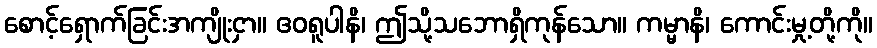
စောင့်ရှောက်ခြင်းအကျိုးငှာ။ ဧဝရူပါနိ၊ ဤသို့သဘောရှိကုန်သော။ ကမ္မာနိ၊ ကောင်းမှု့တို့ကို။